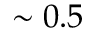
\sim 0 . 5